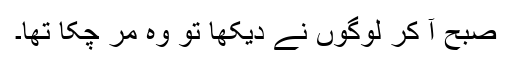
صبح آ کر لوگوں نے دیکھا تو وہ مر چکا تھا۔